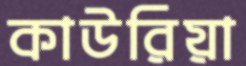
কাউরিয়া